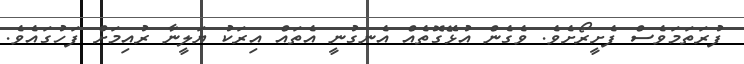
ފުރަތަމަވެސް ފެށީރޯށެވެ. ވެގެން އުޅޭގޮތެއް އެނގުނީ އެތައް އިރަކު ޔަލީނާ ރުއިމަށް ފަހުގައެވެ.